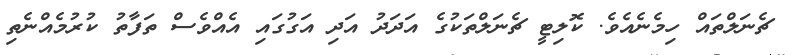
ޗެނަލްތައް ހިމެނެއެވެ. ކޮލިޓީ ޗެނަލްތަކުގެ އަދަދު އަދި އަގުގައި އެއްވެސް ތަފާތު ކުރުމެއްނެތި